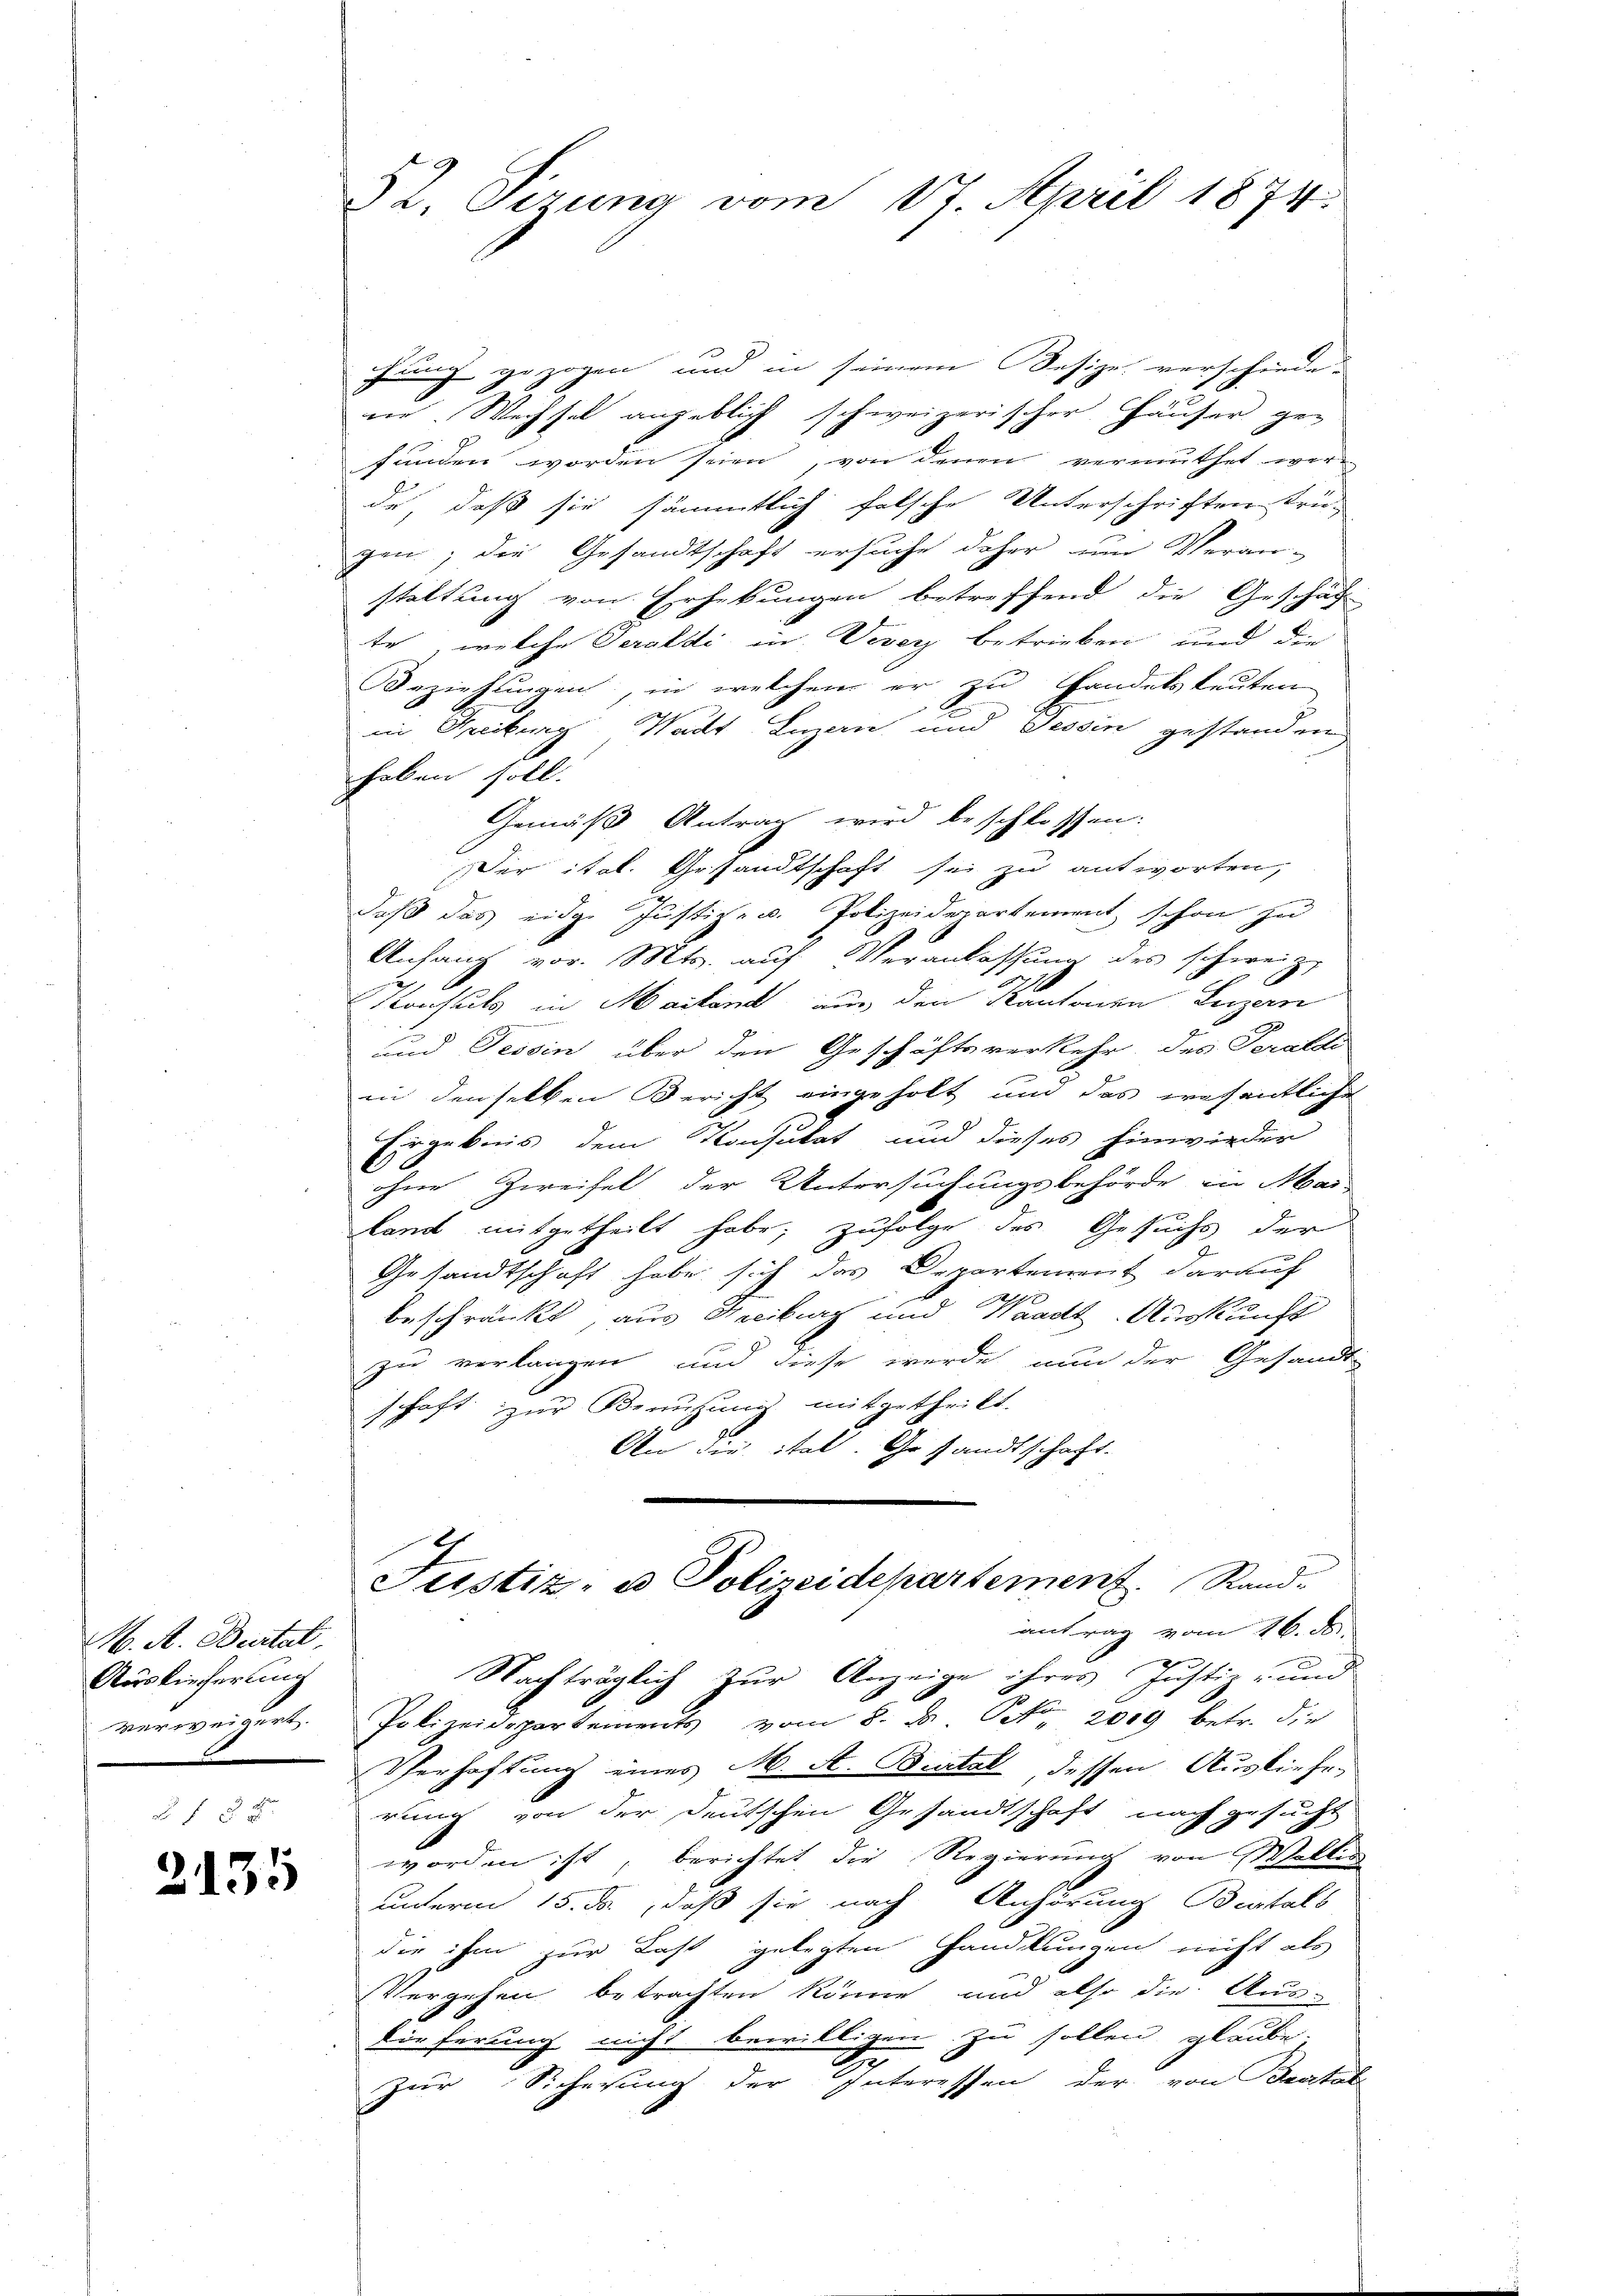
M. A. Bertat
Auslieferung
verweigert.

2135

52. Sirung vom 17. April 1874.

fung gezogen und in seinem Besize verschiede-
rer. Wechsel angeblich schweizerischer Häuser ge-
funden worden seien, von denen vermuthet wer-
de, daß sie sämmtlich falsche Unterschriften trü-
gen; die Gesandtschaft ersuche daher um Veran-
staltung von Erhebungen betreffend die Geschäf
te, welche Seraldi in Vevey betrieben und die
Beziehungen, in welchem er zu Handelsleuten
in Greckung Wadt Luzern, und Tessin gestanden
haben soll.
Gemäß Antrag wird beschlossen:
Der ital. Gesandtschaft sei zu antworten,
daß das eidge Justiz- u. Polizeidepartement schon zu
Anfang vor. Mts. aŭf Veranlassŭng des schweiz.
Konsuls in Mailand aus den Kantonen Beizern
und Tessin über den Geschäftsverkehr, des Teratete
in denselben Bericht eingeholt und das wesentliche
Ergebnis dem Konsukat und dieses hinwieder
.
ohne Zweifel der Untersuchungsbehörde in Aar-
land mitgetheilt habe; zufolge des Gesuchs der
Gesandtschaft habe sich das Departement darauf
s
29
beschränkt, aus Neciburg und Waadt Auskunft
zu verlangen und diese werde nun der Gesandt
schaft zur Benutzung mitgetheilt.
An die ital. Gesandtschaft.
Justiz- u Polizeidepartement. Stand-
antrag vom 16. d.
Nachträglich zur Anzeige ihres Justiz- und
Polizeidepartements vom 8. d. Otto 2019 betr. die
Verhaftung eines M. A. Bestal, dessen Ausliefe,
rung von der deutschen Gesandtschaft nach gesucht
worden ist, berichtet die Regierung von Walken
unterm 15. ds., daß sie nach Anhörung Bestals
die ihm zur Last gelegten Handlungen nicht als
Vergehen betrachten könne und also die Aus-
dieferung nicht bewilligen zu sollen glaube.
zur Sicherung der Interessen der von Bestal